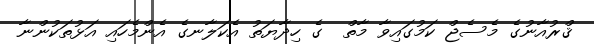
ޤްރުއާނުގެ މެސެޖް ކަމުގައިވާ މާތް  ގެ ހިދާޔަތު އެކަލާނގެ އެންމެހައި އަޅުތަކުންނާ